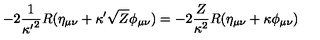
- 2 { \frac { 1 } { { \kappa ^ { \prime } } ^ { 2 } } } R ( \eta _ { \mu \nu } + \kappa ^ { \prime } \sqrt { Z } \phi _ { \mu \nu } ) = - 2 { \frac { Z } { \kappa ^ { 2 } } } R ( \eta _ { \mu \nu } + \kappa \phi _ { \mu \nu } )